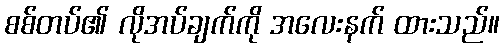
စစ်တပ်၏ လိုအပ်ချက်ကို အလေးနက် ထားသည်။